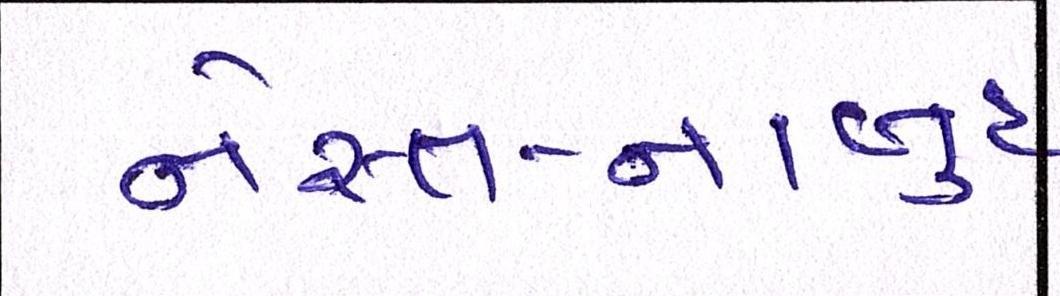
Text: નેસ્ત-નાબુદ